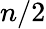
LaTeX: n/2